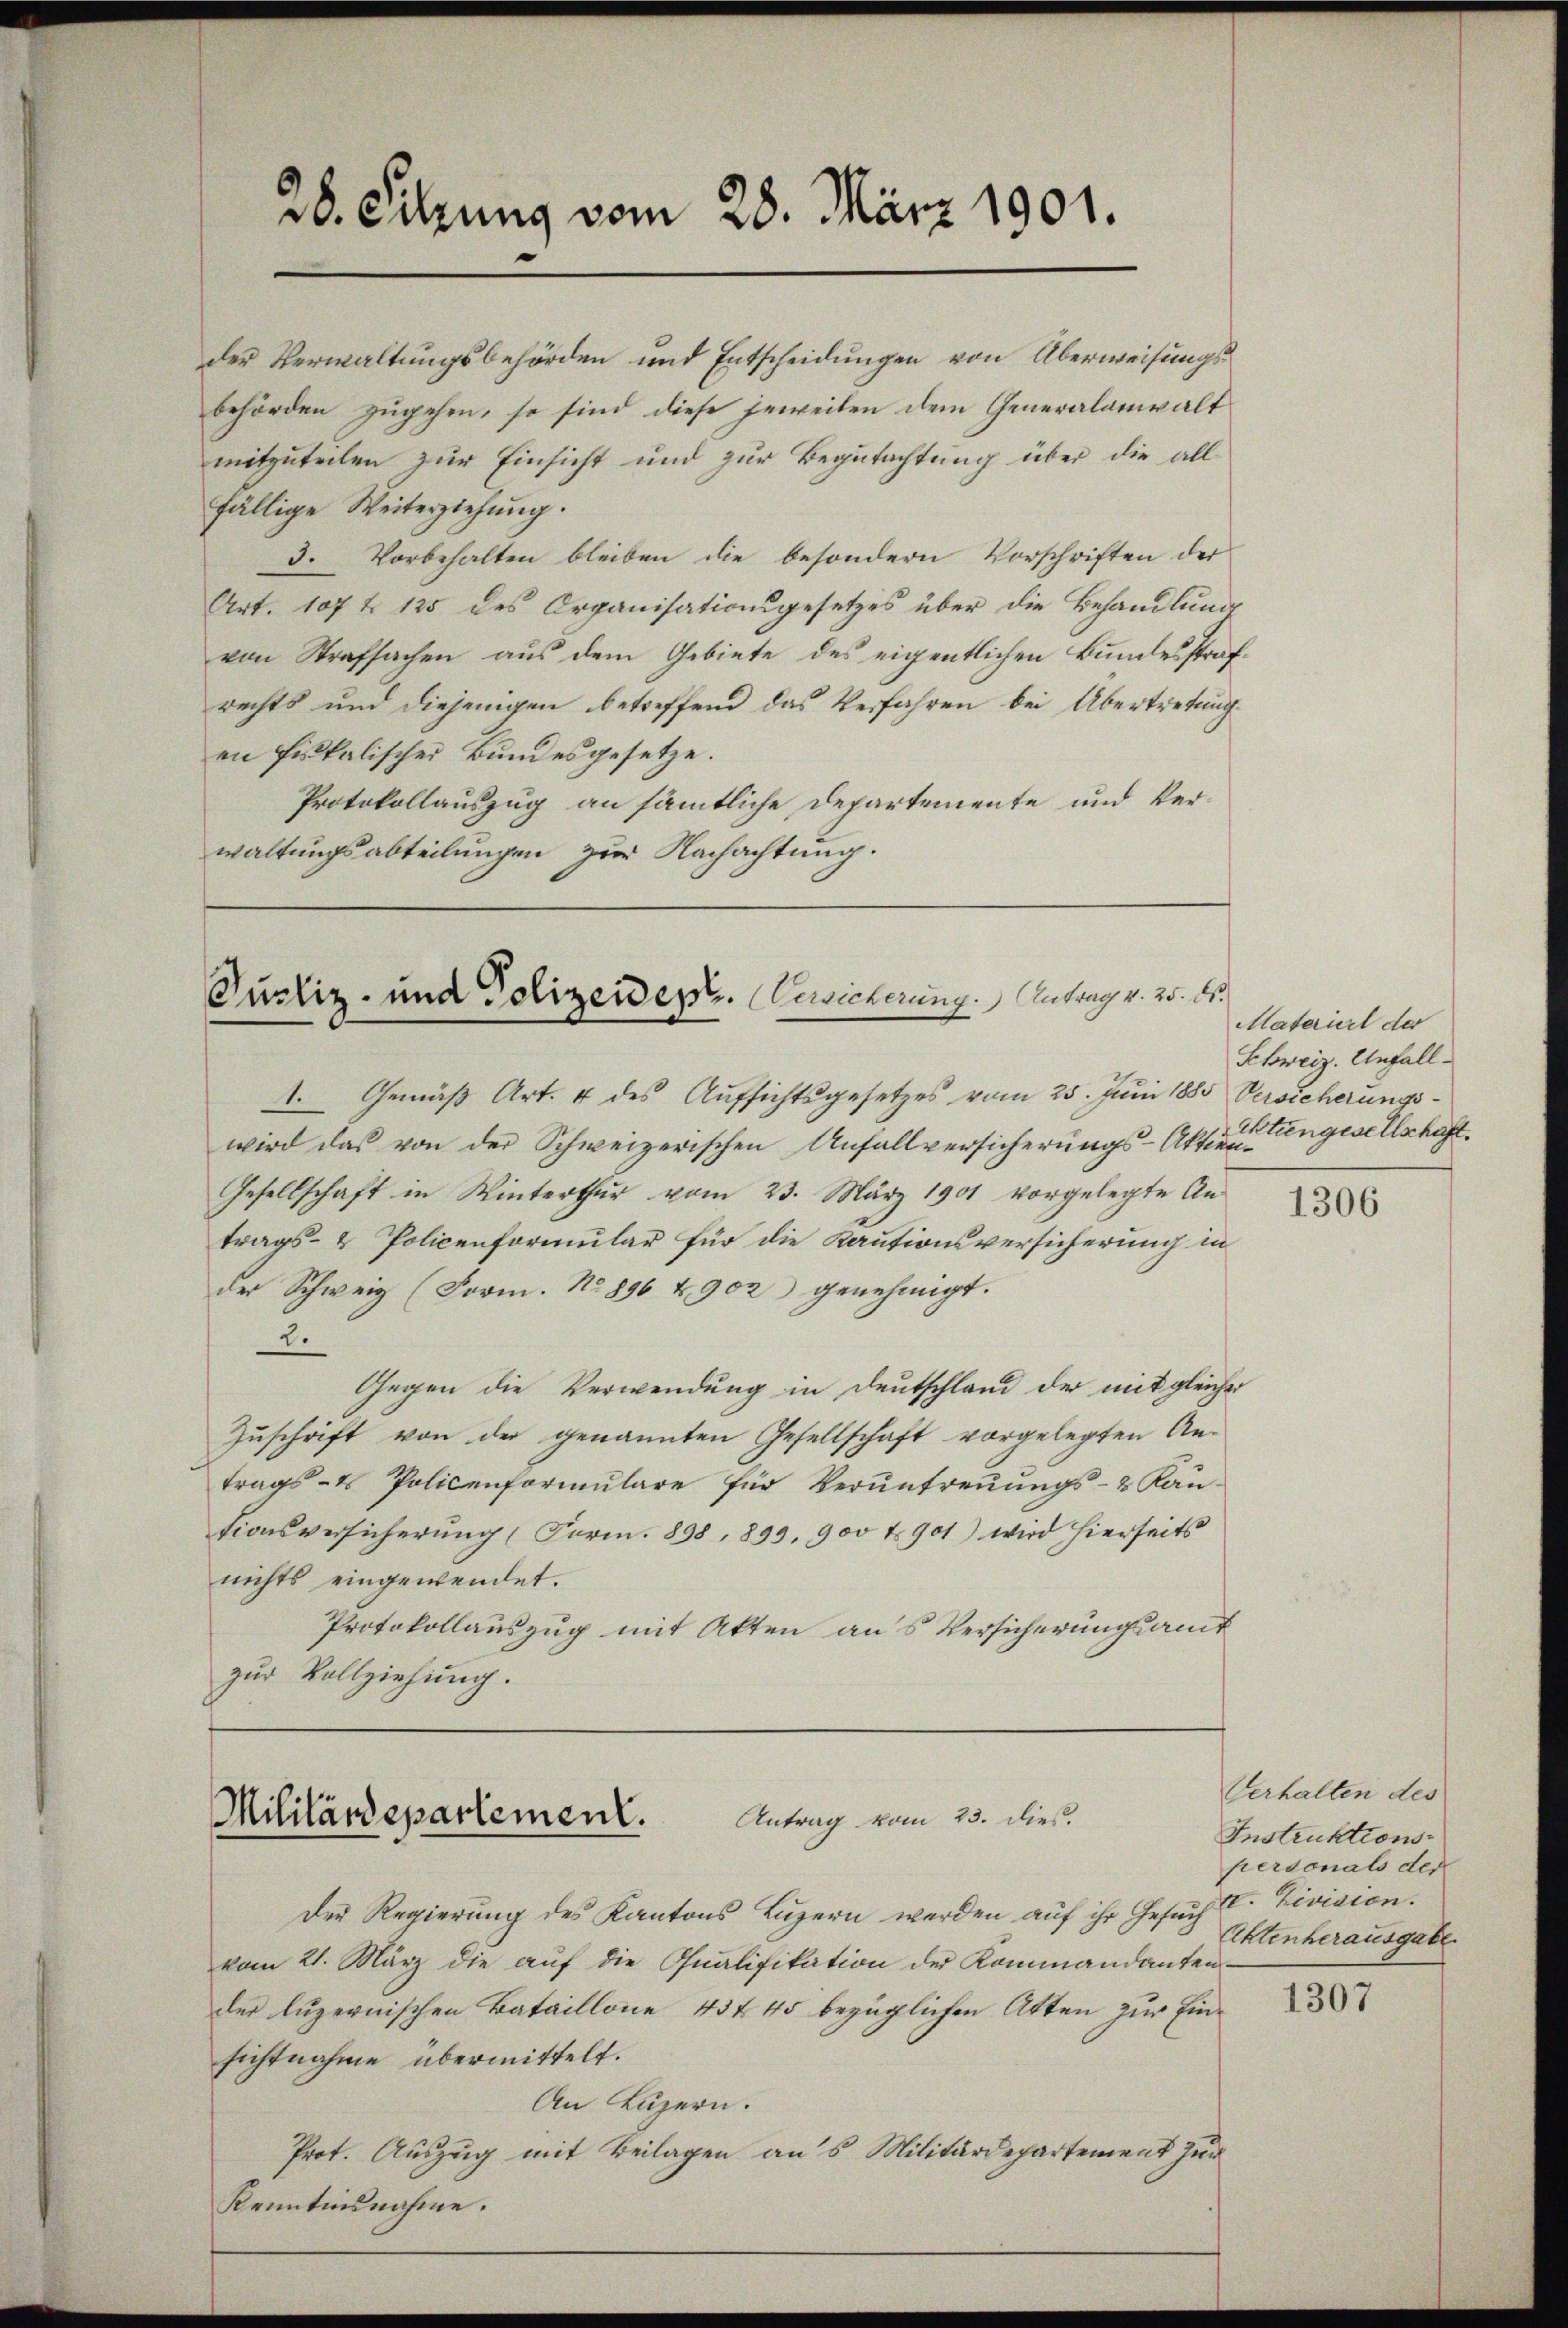
der Verwaltungsbehörden und Entscheidungen von Überweisungsbehörden zugehen, so sind diese jeweilen dem Generalanwalt
mitzuteilen zur Einsicht und zur Begutachtung über die all
fällige Weiterziehung.
3. Vorbehalten bleiben die besondern Vorschriften der
Art. 107 f 125 des Organisationsgesetzes über die Behandlung
von Strafsachen aus dem Gebiete des eigentlichen Bundesstrafrechts und diejenigen betreffend das Verfahren bei Übertretung
en fiskalischer Bundesgesetze.
Protokollauszug an sämtliche Departemente und Verwaltungsabteilungen zur Nachachtung.

28. Sitzung vom 28. März 1901.

Pustiz- und Polizeiden. Bericherung. Antrag v. 25. ds.

1. Gemäß Art. 4 des Aufsichtsgesetzes vom 25. Juni 1885 Versicherungswird das von der Schweizerischen Anfallversicherungs-Akt eingesellschaft.
Gesellschaft in Winterthur vom 23. März 1901 vorgelegte An-
trags- & Policenformular für die Kautionsversicherung in
der Schweiz (Form. No. 896 & 902 genehmigt.
.
Gegen die Verwendung in Deutschland der mit gleicher
Zŭschrift von der genannten Gesellschaft vorgelegten An-
trags- & Policenformŭlare für Veruntreŭŭngs- & Kan-
tionsversicherŭng (Form. 898. 899. 900 t 901) wird hierseits
nichts eingewendet.
Protokollauszug mit Akten aus Versicherungsamt
zur Vollziehung.

Antrag vom 23. dies.
Mililärdepartement.

Der Regierung des Kantons Luzern werden auf ihr Gesuch
vom 21. März die aŭf die Qualifikation der Kommandanten-
der luzernischen Bataillone 45 f 45 bezüglichen Atten zur Ein-
sichtnahme übermittelt.
An Luzern.
Prot. Auszug mit Beilagen aus Militärdepartement zur
Kenntnisnahme.

Materiel der
Schweiz. Unfall

1306

Verhalten des
Instruktions-
personals der
II. Zivision.
Aktenherausgabe.

1307